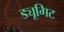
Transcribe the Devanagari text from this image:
ड्यूगिट